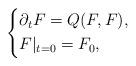
LaTeX: \begin{align*}\left\{\begin{aligned} &\partial_t F=Q(F,F),\\ &F|_{t=0}=F_0,\end{aligned}\right.\end{align*}